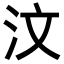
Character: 汶